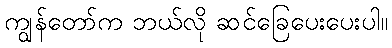
ကျွန်တော်က ဘယ်လို ဆင်ခြေပေးပေးပါ။